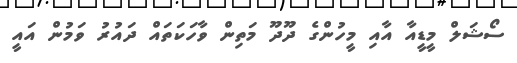
ސޯޝަލް މީޑީއާ އާއި މީހުންގެ ދޫދޫ މަތިން ވާހަކަތައް ދައުރު ވަމުން އައީ